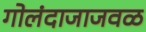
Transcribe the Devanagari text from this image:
गोलंदाजाजवळ